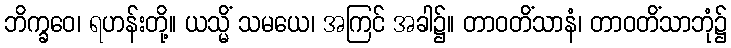
ဘိက္ခဝေ၊ ရဟန်းတို့။ ယသ္မိံ သမယေ၊ အကြင် အခါ၌။ တာဝတိံသာနံ၊ တာဝတိံသာဘုံ၌